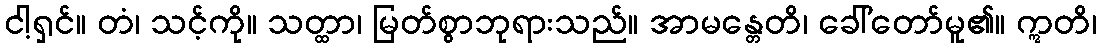
ငါ့ရှင်။ တံ၊ သင့်ကို။ သတ္ထာ၊ မြတ်စွာဘုရားသည်။ အာမန္တေတိ၊ ခေါ်တော်မူ၏။ ဣတိ၊